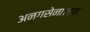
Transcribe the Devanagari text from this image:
अनगसेना।एक